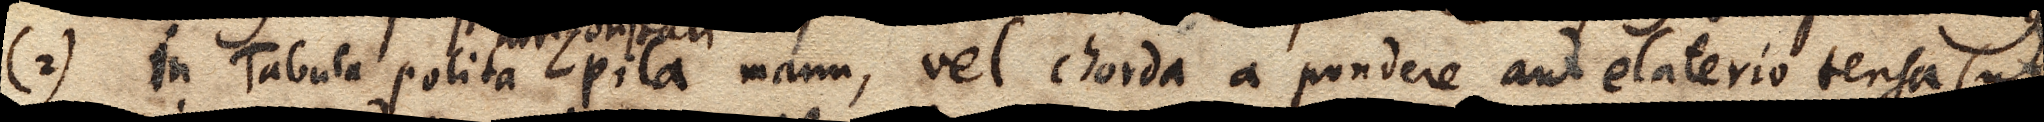
(2) In Tabula polita pila manu, vel chorda a pondere aut elaterio tensa (ut